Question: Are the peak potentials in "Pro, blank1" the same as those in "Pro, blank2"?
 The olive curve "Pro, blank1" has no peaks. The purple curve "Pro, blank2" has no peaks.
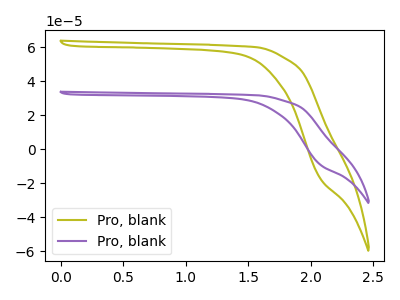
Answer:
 <answer>Niether CV has any peaks.</answer>
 <eval>blanks</eval>